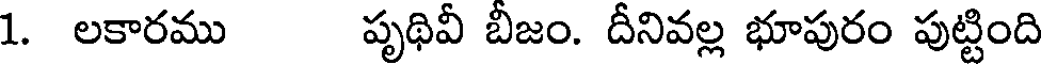
1. లకారము పృథివీ బీజం. దీనివల్ల భూపురం పుట్టింది